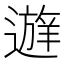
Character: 𰻔